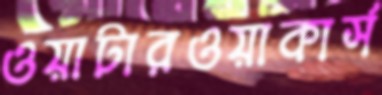
ওয়াটারওয়াকার্স